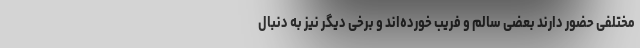
مختلفی حضور دارند بعضی سالم و فریب خورده‌اند و برخی دیگر نیز به دنبال